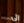
إلى